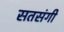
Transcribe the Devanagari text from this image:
सतसंगी